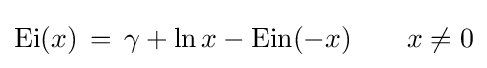
\operatorname {Ei} (x)\,=\,\gamma +\ln {x}-\operatorname {Ein} (-x)\qquad x\neq 0